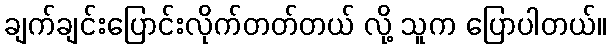
ချက်ချင်းပြောင်းလိုက်တတ်တယ် လို့ သူက ပြောပါတယ်။